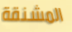
المشنقة